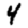
Digit: 4